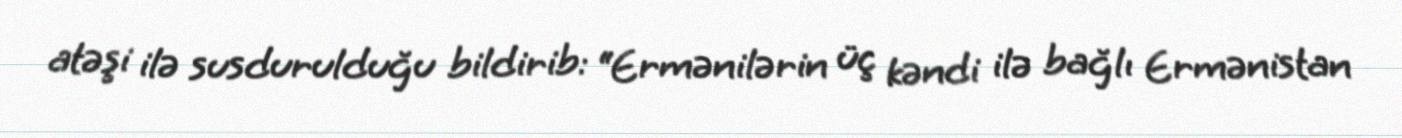
atəşi ilə susdurulduğu bildirib: “Ermənilərin üç kəndi ilə bağlı Ermənistan